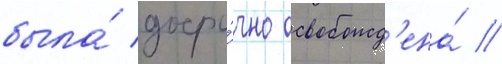
была́ досро́чно освобожд'ена́ //